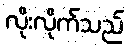
လိုးလိုက်သည်